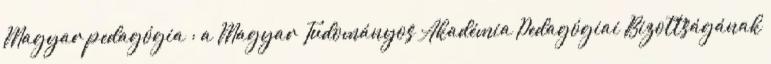
Magyar pedagógia : a Magyar Tudományos Akadémia Pedagógiai Bizottságának